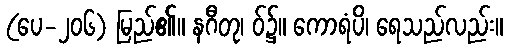
(ပေ-၂၀၆) မြည်၏။ နဂီတု၊ ဝ်၌။ ကောရံပိ၊ ရေသည်လည်း။